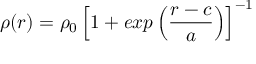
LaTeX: \rho ( r ) = \rho _ { 0 } \left[ 1 + e x p \left( \frac { r - c } { a } \right) \right] ^ { - 1 }